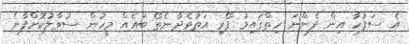
އެ ސަފުހާ އިން ފެންނަ ހިތްގައިމު ފޯރި އަތުވެދާނެތޯ ބައެއް މީހުން ސުވާލުކޮށްފާނެ